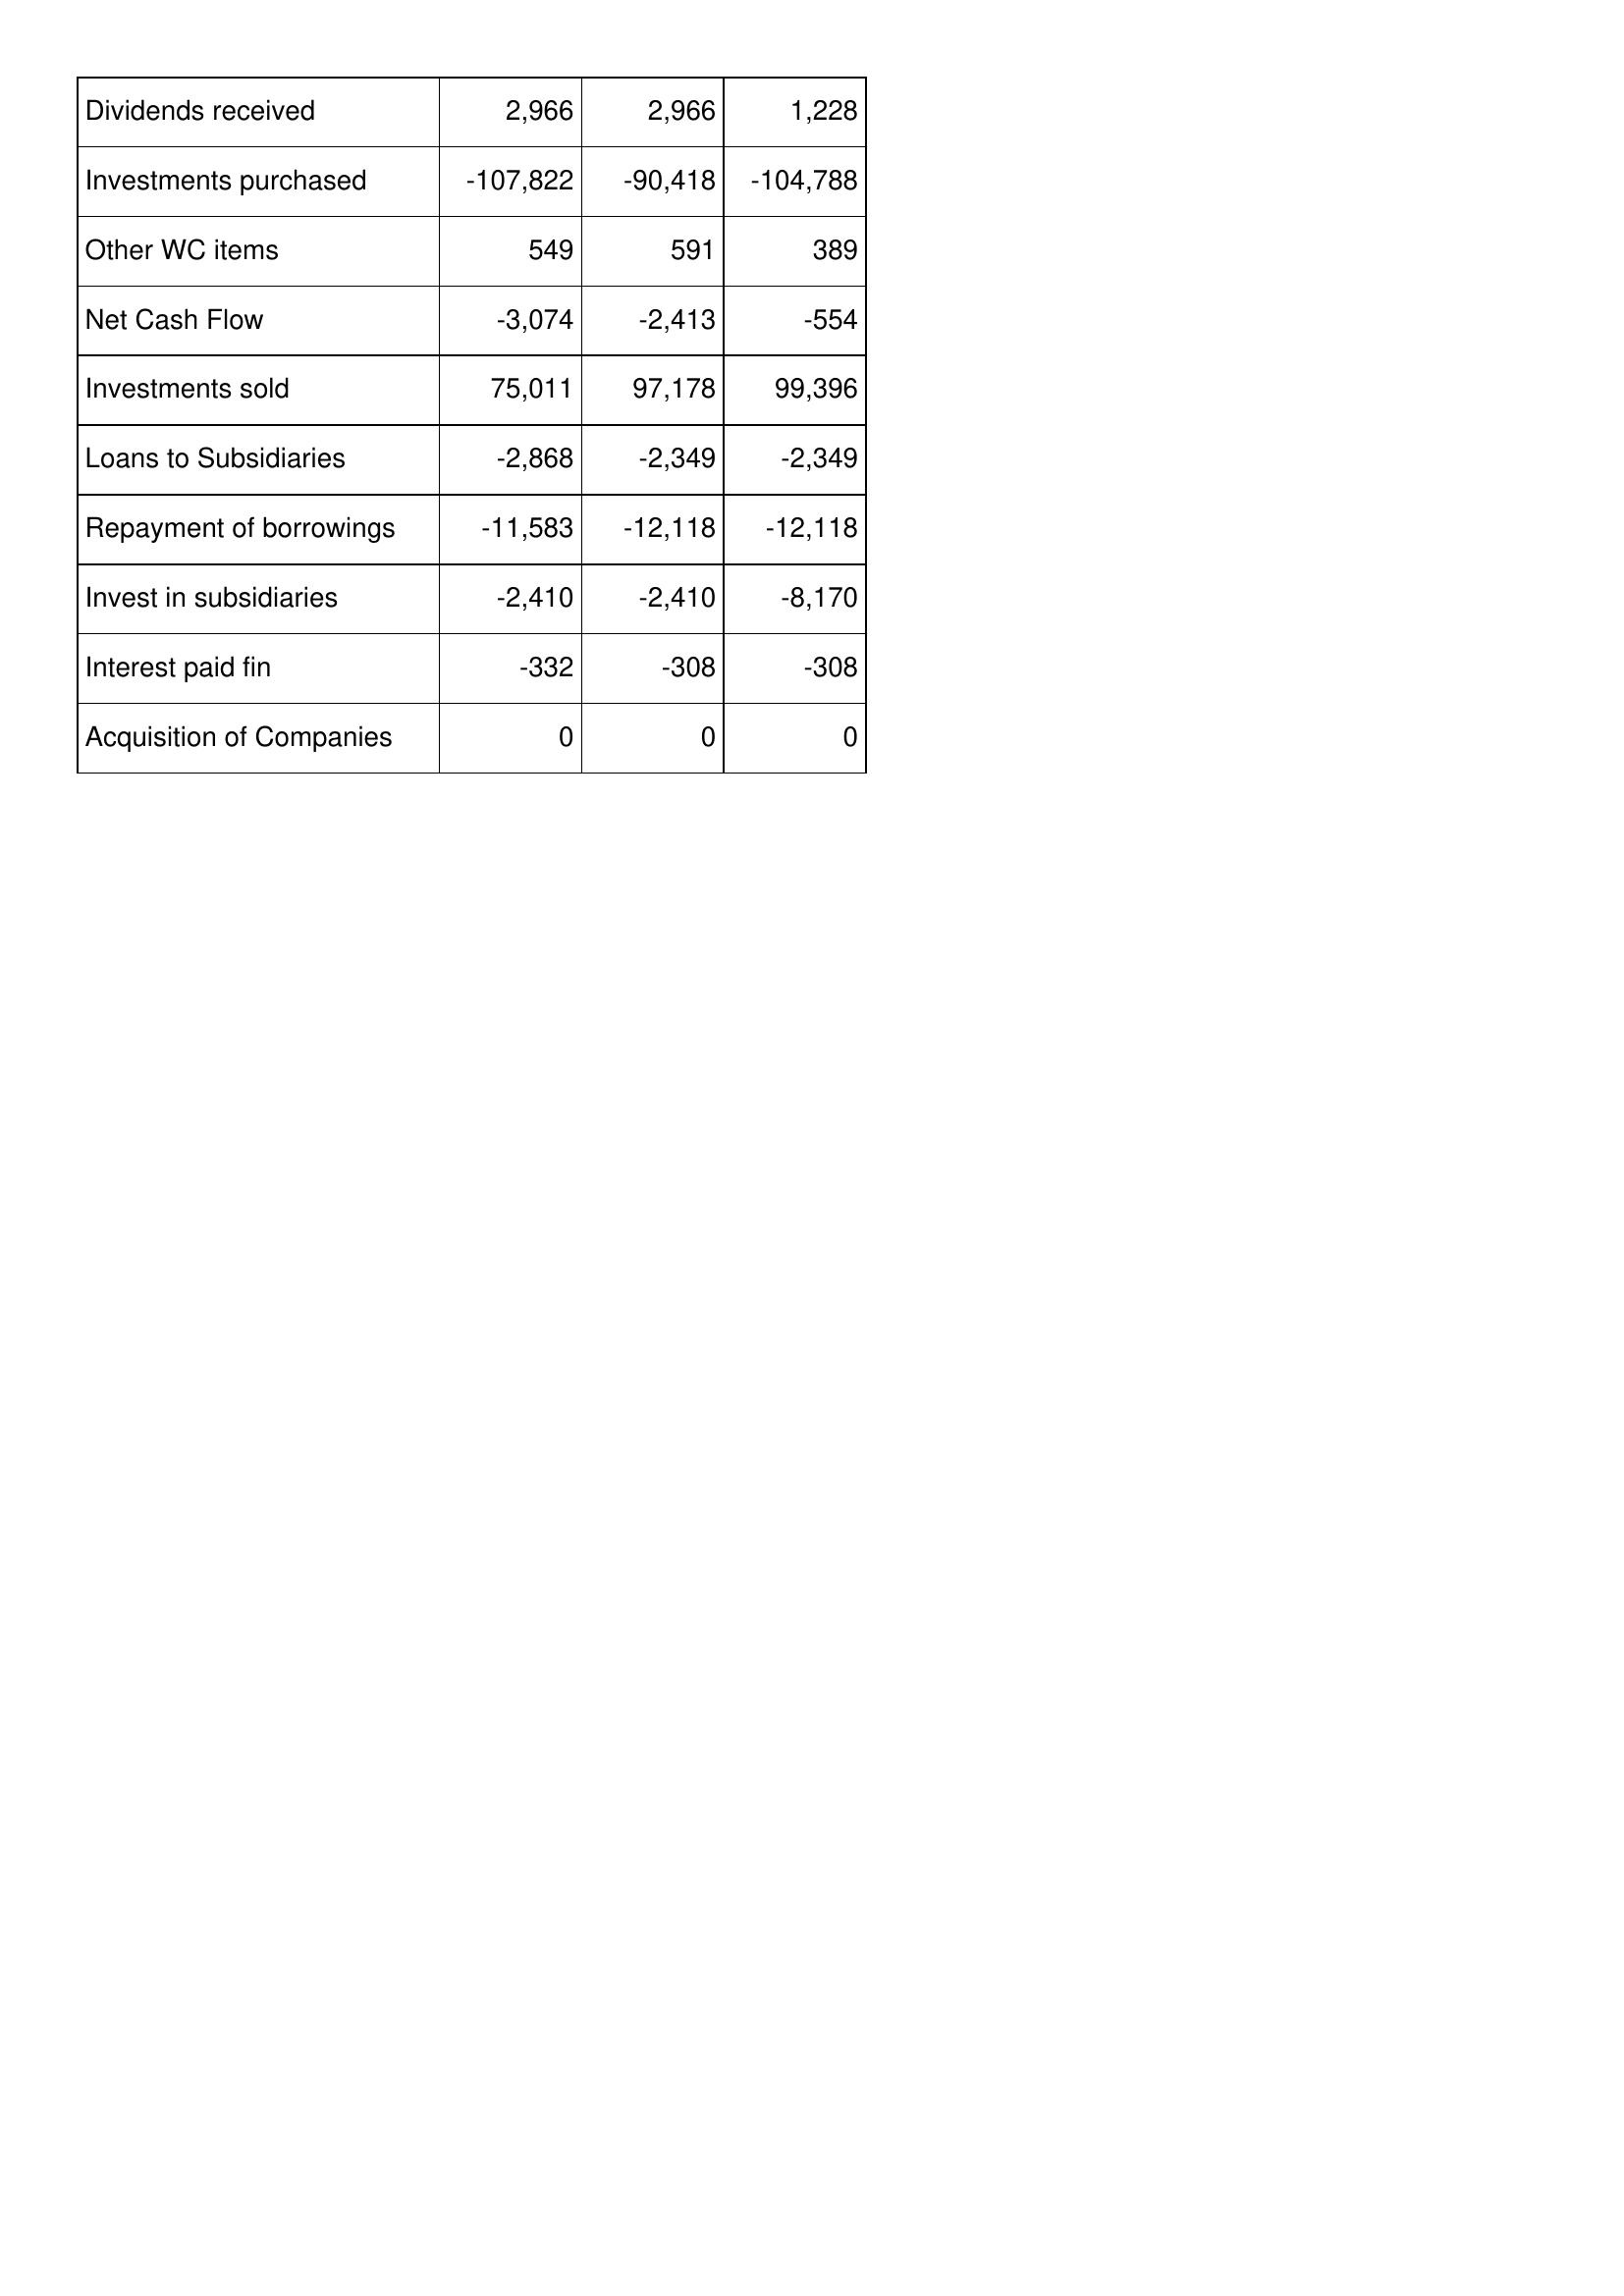
Jan-12: Cash Flows: Dividends received: 2,966
Investments purchased: -107,822
Other WC items: 549
Net Cash Flow: -3,074
Investments sold: 75,011
Loans to Subsidiaries: -2,868
Repayment of borrowings: -11,583
Invest in subsidiaries: -2,410
Interest paid fin: -332
Acquisition of Companies: 0
Jan-11: Cash Flows: Dividends received: 2,966
Investments purchased: -90,418
Other WC items: 591
Net Cash Flow: -2,413
Investments sold: 97,178
Loans to Subsidiaries: -2,349
Repayment of borrowings: -12,118
Invest in subsidiaries: -2,410
Interest paid fin: -308
Acquisition of Companies: 0
Jan-10: Cash Flows: Dividends received: 1,228
Investments purchased: -104,788
Other WC items: 389
Net Cash Flow: -554
Investments sold: 99,396
Loans to Subsidiaries: -2,349
Repayment of borrowings: -12,118
Invest in subsidiaries: -8,170
Interest paid fin: -308
Acquisition of Companies: 0